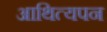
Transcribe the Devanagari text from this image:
आथित्यपन